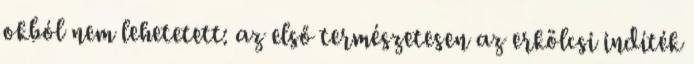
okból nem lehetetett: az első természetesen az erkölcsi indíték